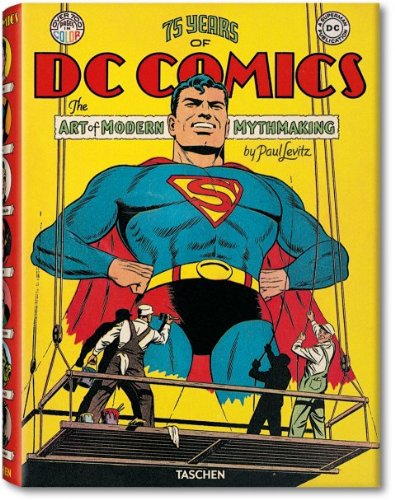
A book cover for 75 Years Of DC Comics: The Art Of Modern Mythmaking; Paul Levitz; Comics & Graphic Novels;